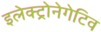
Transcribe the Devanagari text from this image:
इलेक्ट्रोनेगेटिव